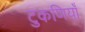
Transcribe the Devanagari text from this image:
टुकणियाँ